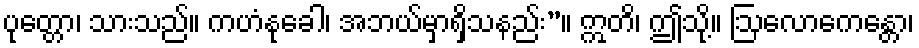
ပုတ္တော၊ သားသည်။ ကဟံနုခေါ၊ အဘယ်မှာရှိသနည်း”။ ဣတိ၊ ဤသို့။ ဩလောကေန္တော၊